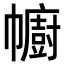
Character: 幮